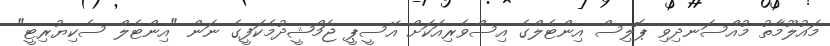
މައުލޫމާތު މުއްސަނދިވި ޕޮލިސް އިންޓެލްގެ އިސްވެރިއަކަށް އޭސީޕީ ޖަމްޝީދުމެކަފީގެ ނަން "އިންޓެލް ސެކިޔުރިޓީ"